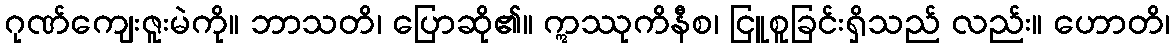
ဂုဏ်ကျေးဇူးမဲကို။ ဘာသတိ၊ ပြောဆို၏။ ဣဿုကိနီစ၊ ငြူစူခြင်းရှိသည် လည်း။ ဟောတိ၊